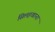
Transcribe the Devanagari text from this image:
सिलहखाना